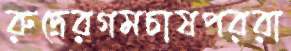
রুদ্রেরগমচাষপররা